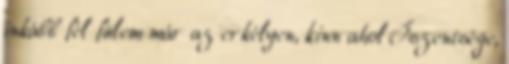
inkább fél fülem már az erkélyen, kinn ahol Őszentsége,